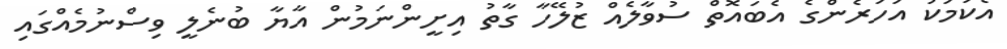
އެކަމަކު އަހަރެންގެ އެބައޮތް ސުވާލެއް ޒުލޭހާ ގާތު އިށީންނަމުން އާޔާ ބުނެލީ ވިސްނުމެއްގައި